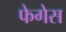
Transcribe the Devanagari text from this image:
फेगेस